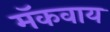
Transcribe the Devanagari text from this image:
मॅकवाय